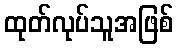
ထုတ်လုပ်သူအဖြစ်